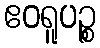
ဧဝရူပဉ္စ